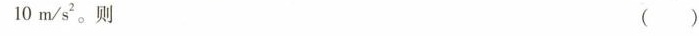
10m/s^{2}。则 ()